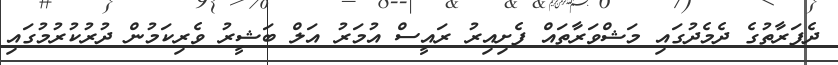
ދެފަރާތުގެ ދެމެދުގައި މަޝްވަރާތައް ފެށިއިރު ރައީސް އުމަރު އަލް ބަޝީރު ވެރިކަމުން ދުރުކުރުމުގައި